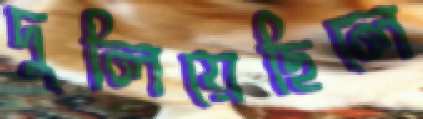
দুলিয়েছিলে